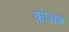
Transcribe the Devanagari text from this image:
कोअब